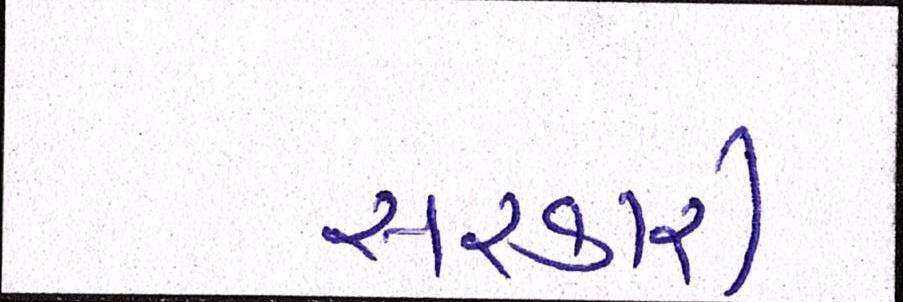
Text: સરકારી